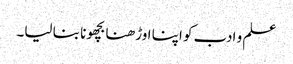
علم و ادب کو اپنا اوڑھنا بچھونا بنا لیا۔